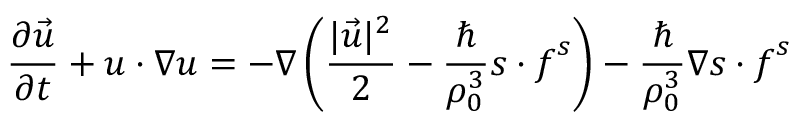
\frac { \partial \vec { u } } { \partial t } + \boldsymbol { u } \cdot \boldsymbol { \nabla } \boldsymbol { u } = - \boldsymbol { \nabla } \left( \frac { | \vec { u } | ^ { 2 } } { 2 } - \frac { \hbar } { \rho _ { 0 } ^ { 3 } } \boldsymbol { s } \cdot \boldsymbol { f } ^ { s } \right) - \frac { \hbar } { \rho _ { 0 } ^ { 3 } } \boldsymbol { \nabla } \boldsymbol { s } \cdot \boldsymbol { f } ^ { s }